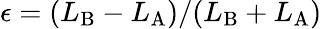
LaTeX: \epsilon=(L_{\mathrm{B}}-L_{\mathrm{A}})/(L_{\mathrm{B}}+L_{\mathrm{A}})